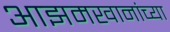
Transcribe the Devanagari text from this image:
आझमखानांच्या